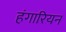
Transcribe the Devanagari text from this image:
हंगारियन